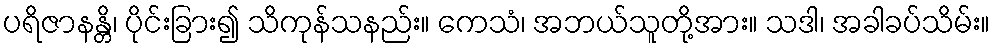
ပရိဇာနန္တိ၊ ပိုင်းခြား၍ သိကုန်သနည်း။ ကေသံ၊ အဘယ်သူတို့အား။ သဒါ၊ အခါခပ်သိမ်း။